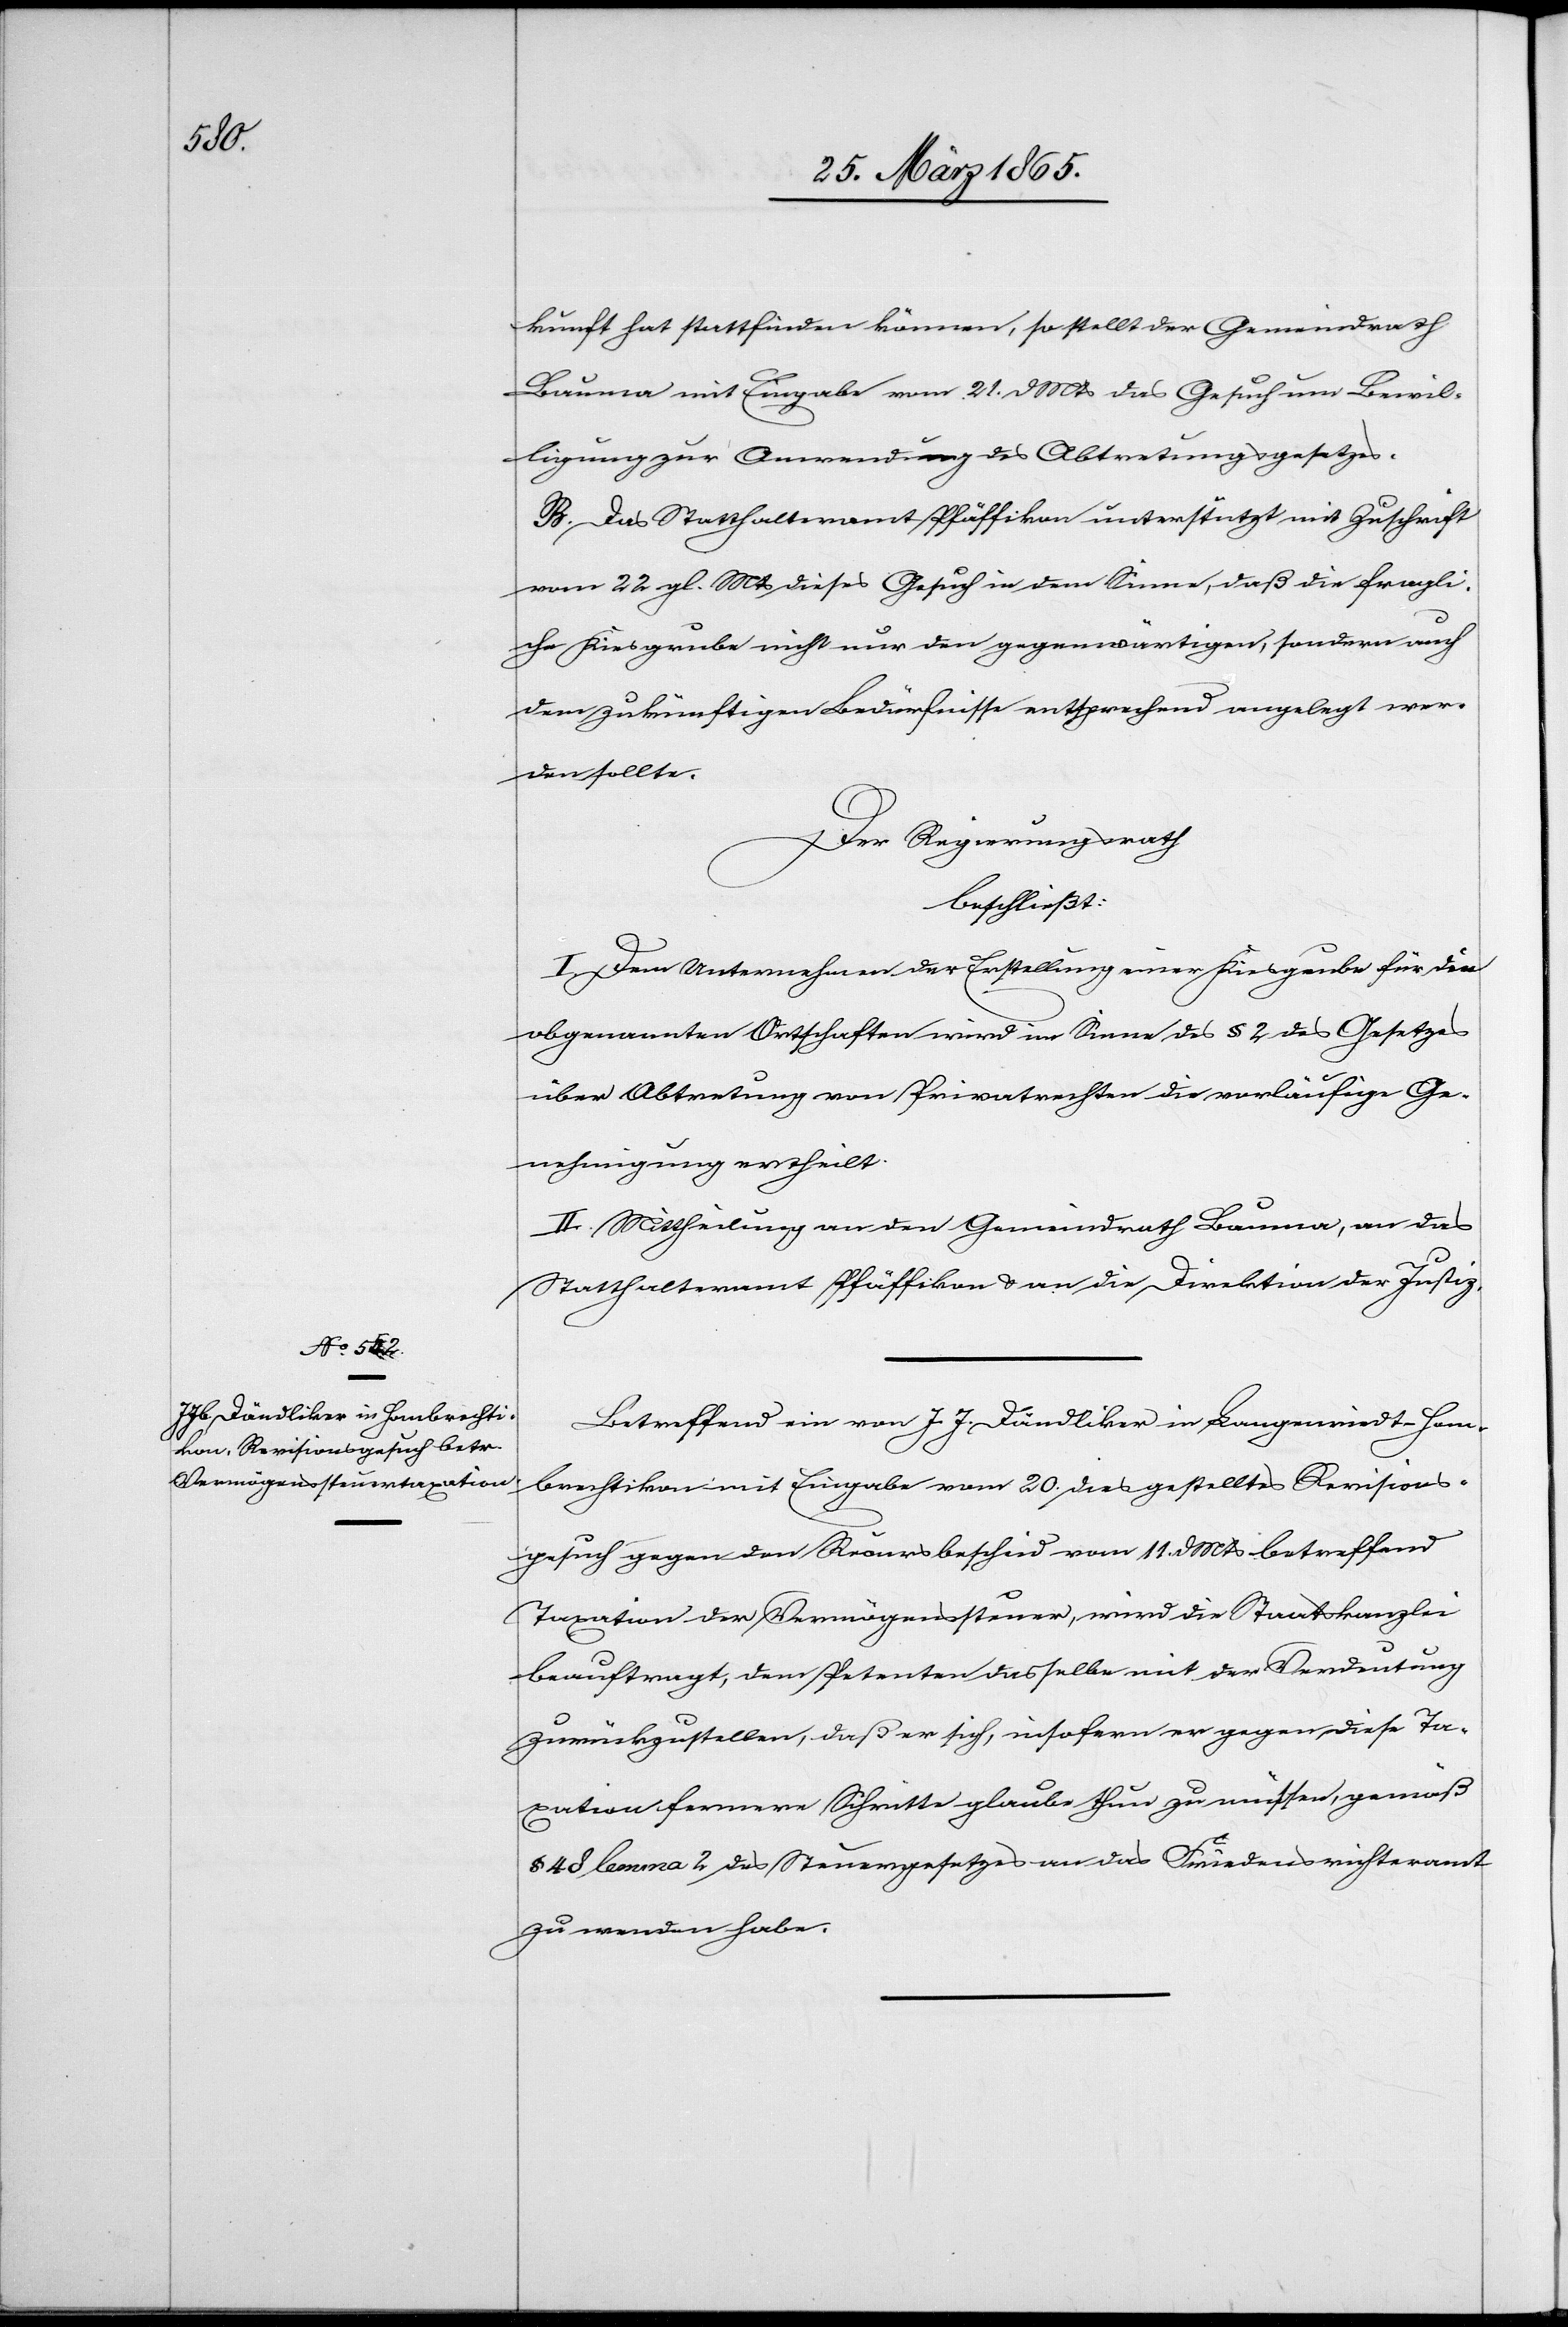
kunft hat stattfinden können, so stellt der Gemeindrath
Bauma mit Eingabe vom 21. d Mts das Gesuch um Bewil¬
ligung zur Anwendung des Abtretungsgesetzes.
B. Das Statthalteramt Pfäffikon unterstützt mit Zuschrift
vom 22 gl. Mts dieses Gesuch in dem Sinne, daß die fragli¬
che Kiesgrube nicht nur den gegenwärtigen, sondern auch
dem zukünftigen Bedürfnisse entsprechend angelegt wer¬
den sollte.
Der Regierungsrath
beschließt:
I. Dem Unternehmen der Erstellung einer Kiesgrube für die
obgenannten Ortschaften wird im Sinne des § 2 des Gesetzes
über Abtretung von Privatrechten die vorläufige Ge¬
nehmigung ertheilt.
II. Mittheilung an den Gemeindrath Bauma, an das
Statthalteramt Pfäffikon & an die Direktion der Justiz.
Betreffend ein von J. J. Dändliker in Langenriedt-Hom¬
brechtikon mit Eingabe vom 20. dies gestelltes Revisions¬
gesuch gegen den Recursbescheid vom 11. d Mts betreffend
Taxation der Vermögenssteuer, wird die Staatskanzlei
beauftragt, dem Petenten dasselbe mit der Verdeutung
zurückzustellen, daß er sich, insofern er gegen diese Ta¬
xation fernere Schritte glaube thun zu müssen, gemäß
§ 48 lemma 2 des Steuergesetzes an das Friedensrichteramt
zu wenden habe.